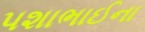
પશાભાઈના